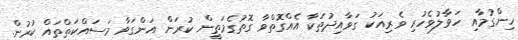
ހިންގުމާއި ހަވާލުވެހުރި ވެރިއަކު ގަވާއިދުތަކާ އެއްގޮތްވާ ގޮތުގެމަތީން ކުރަން އަންގަވާ މަސައްކަތްތައް ކުރުން.